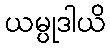
ယမ္ပုဒါယိ